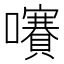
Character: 㘔